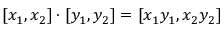
[ x _ { 1 } , x _ { 2 } ] \cdot [ y _ { 1 } , y _ { 2 } ] = [ x _ { 1 } y _ { 1 } , x _ { 2 } y _ { 2 } ]